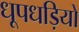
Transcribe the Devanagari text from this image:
धूपधड़ियों